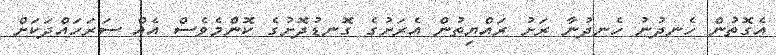
އެގޮތުން ހެނދުނު ހެނދުނާ ރަށު ރައްޔިތުން އެރަށުގެ ގޮނޑުދޮށުގެ ކޮންމެވެސް އެއް ސަރަހައްދަކަށް